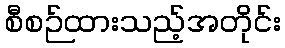
စီစဉ်ထားသည့်အတိုင်း